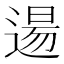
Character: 逿